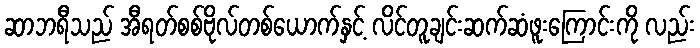
ဆာဘရီသည် အီရတ်စစ်ဗိုလ်တစ်ယောက်နှင့် လိင်တူချင်းဆက်ဆံဖူးကြောင်းကို လည်း